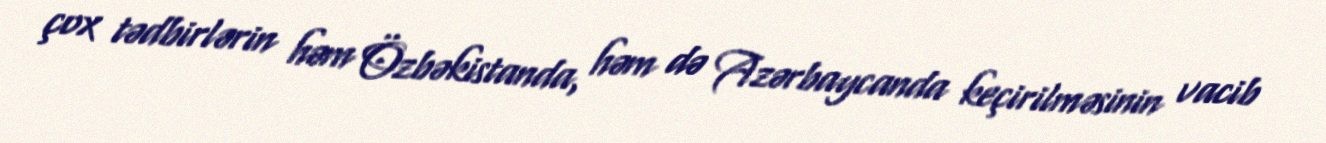
çox tədbirlərin həm Özbəkistanda, həm də Azərbaycanda keçirilməsinin vacib